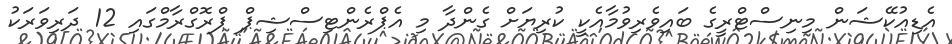
އެޑިއުކޭޝަން މިނިސްޓްރީގެ ބައިވެރިވުމާއެކީ ކުރިޔަށް ގެންދާ މި އެޕްރެންޓިސްޝިޕް ޕްރޮގްރާމްގައި 12 ދަރިވަރަކު